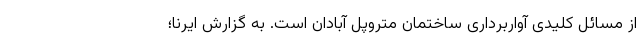
از مسائل کلیدی آواربرداری ساختمان متروپل آبادان است. به گزارش ایرنا؛